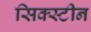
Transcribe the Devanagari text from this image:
सिक्स्टीन